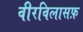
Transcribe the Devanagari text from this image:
वीरविलासफ़